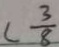
( \frac { 3 } { 8 }